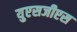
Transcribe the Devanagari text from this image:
युएसजीएस